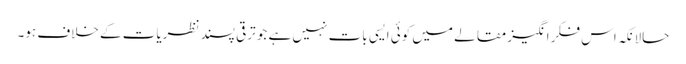
حالانکہ اس فکر انگیز مقالے میں کوئی ایسی بات نہیں ہے جو ترقی پسند نظریات کے خلاف ہو۔